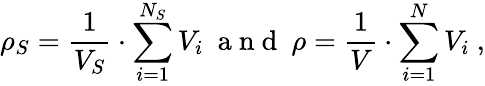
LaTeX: \rho_{S}=\frac{1}{V_{S}}\cdot\sum_{i=1}^{N_{S}}V_{i}\ \mathrm{~a~n~d~}\ \rho=\frac{1}{V}\cdot\sum_{i=1}^{N}V_{i}\ ,